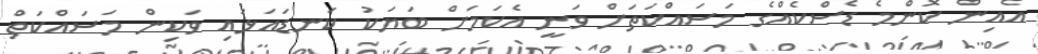
އެއިން ކޮންމެ ޑެސްކެއްގެ މަސައްކަތަށް ވަނީ އެކަމަށް ބަޔަކު ކަނޑައަޅައި ވަކިން މަސައްކަތް